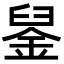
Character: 𨦴